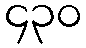
၄၃၀